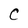
Character: C